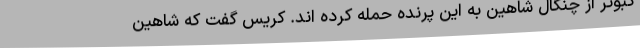
کبوتر از چنگال شاهین به این پرنده حمله کرده اند. کریس گفت که شاهین